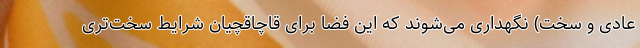
عادی و سخت) نگهداری می‌شوند که این فضا برای قاچاقچیان شرایط سخت‌تری